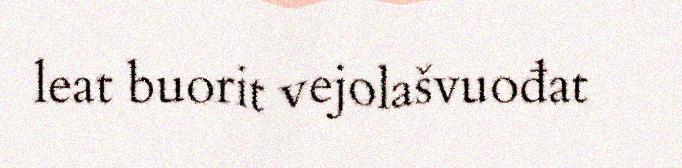
leat buorit vejolašvuođat